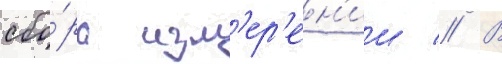
сбо́ра изм'ер'ен'ии // В